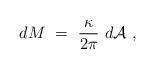
LaTeX: \begin{align*}d M~=~{\kappa \over 2\pi}~d {\cal A}~,\end{align*}